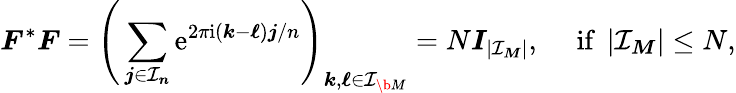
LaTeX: \boldsymbol F^{*}\boldsymbol F=\Bigg(\sum_{\boldsymbol j\in\mathcal I_{\boldsymbol n}}\mathrm e^{2\pi\mathrm i(\boldsymbol k-\boldsymbol\ell)\boldsymbol j/{n}}\Bigg)_{\boldsymbol k,\boldsymbol\ell\in\mathcal I_{\b{M}}}=N\boldsymbol I_{|\mathcal I_{\boldsymbol M}|},\quad\mathrm{~if~}\, |\mathcal I_{\boldsymbol M}|\leq N,